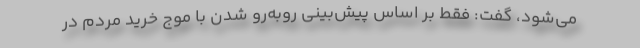
می‌شود، گفت: فقط بر اساس پیش‌بینی روبه‌رو شدن با موج خرید مردم در